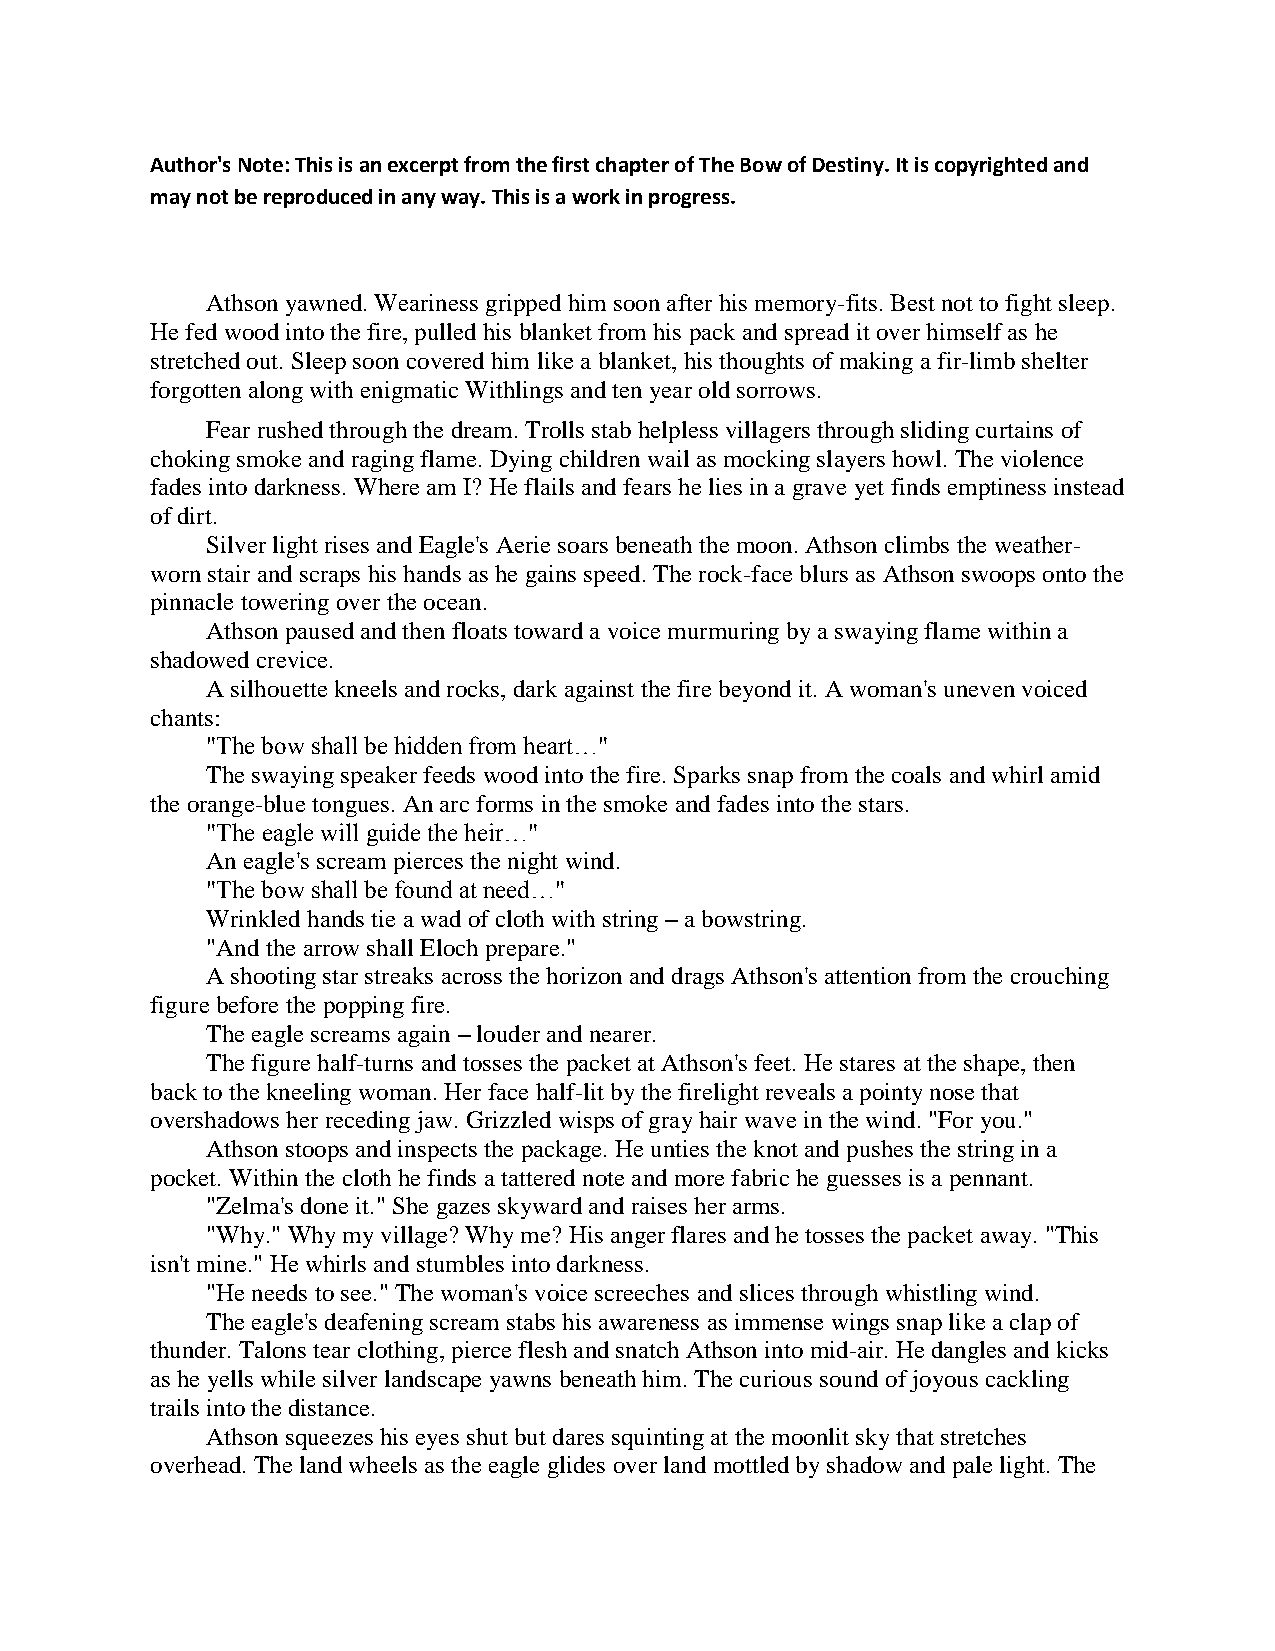
Author's Note: This is an excerpt from the first chapter of The Bow of Destiny. It is copyrighted and
 may not be reproduced in any way. This is a work in progress.
 Athson yawned. Weariness gripped him soon after his memory-fits. Best not to fight sleep.
 He fed wood into the fire, pulled his blanket from his pack and spread it over himself as he
 stretched out. Sleep soon covered him like a blanket, his thoughts of making a fir-limb shelter
 forgotten along with enigmatic Withlings and ten year old sorrows.
 Fear rushed through the dream. Trolls stab helpless villagers through sliding curtains of
 choking smoke and raging flame. Dying children wail as mocking slayers howl. The violence
 fades into darkness. Where am I? He flails and fears he lies in a grave yet finds emptiness instead
 of dirt.
 Silver light rises and Eagle's Aerie soars beneath the moon. Athson climbs the weather-
 worn stair and scraps his hands as he gains speed. The rock-face blurs as Athson swoops onto the
 pinnacle towering over the ocean.
 Athson paused and then floats toward a voice murmuring by a swaying flame within a
 shadowed crevice.
 A silhouette kneels and rocks, dark against the fire beyond it. A woman's uneven voiced
 chants:
 "The bow shall be hidden from heart…"
 The swaying speaker feeds wood into the fire. Sparks snap from the coals and whirl amid
 the orange-blue tongues. An arc forms in the smoke and fades into the stars.
 "The eagle will guide the heir…"
 An eagle's scream pierces the night wind.
 "The bow shall be found at need…"
 Wrinkled hands tie a wad of cloth with string – a bowstring.
 "And the arrow shall Eloch prepare."
 A shooting star streaks across the horizon and drags Athson's attention from the crouching
 figure before the popping fire.
 The eagle screams again – louder and nearer.
 The figure half-turns and tosses the packet at Athson's feet. He stares at the shape, then
 back to the kneeling woman. Her face half-lit by the firelight reveals a pointy nose that
 overshadows her receding jaw. Grizzled wisps of gray hair wave in the wind. "For you."
 Athson stoops and inspects the package. He unties the knot and pushes the string in a
 pocket. Within the cloth he finds a tattered note and more fabric he guesses is a pennant.
 "Zelma's done it." She gazes skyward and raises her arms.
 "Why." Why my village? Why me? His anger flares and he tosses the packet away. "This
 isn't mine." He whirls and stumbles into darkness.
 "He needs to see." The woman's voice screeches and slices through whistling wind.
 The eagle's deafening scream stabs his awareness as immense wings snap like a clap of
 thunder. Talons tear clothing, pierce flesh and snatch Athson into mid-air. He dangles and kicks
 as he yells while silver landscape yawns beneath him. The curious sound of joyous cackling
 trails into the distance.
 Athson squeezes his eyes shut but dares squinting at the moonlit sky that stretches
 overhead. The land wheels as the eagle glides over land mottled by shadow and pale light. The